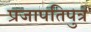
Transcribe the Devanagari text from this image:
प्रजापतिपुत्र